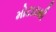
મોટાઇથી